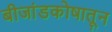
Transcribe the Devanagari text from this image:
बीजांडकोषातून